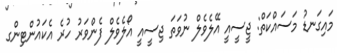
މައިގަނޑު މަސައްކަތް: ޖީސީއީ އޭލެވެލް ނުވަތަ ޖިސީއީ އޯލެވެލް ފެންވަރު ހުރެ އެކައުންޓިންގ